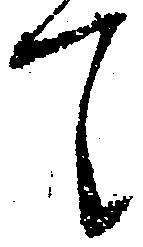
て